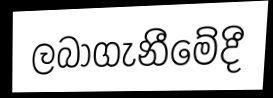
ලබාගැනීමේදී